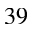
^ { 3 9 }